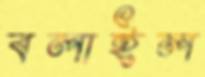
বলাইল